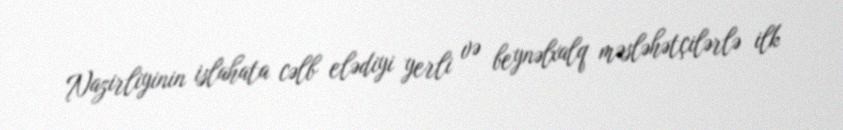
Nazirliyinin islahata cəlb elədiyi yerli və beynəlxalq məsləhətçilərlə ilk